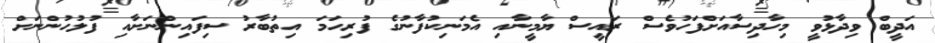
އަދީބް ވިދާޅުވީ މިހާދިސާއަށްފަހުވެސް ރައީސް ޔާމީނާއި އެމަނިކުފާނުގެ ފުރިހަމަ އިތުބާރު ސިފައިންނަށާއި ފުލުހުންނަށް